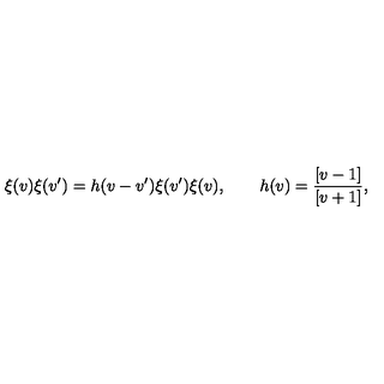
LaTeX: \xi ( v ) \xi ( v ^ { \prime } ) = h ( v - v ^ { \prime } ) \xi ( v ^ { \prime } ) \xi ( v ) , \qquad h ( v ) = \frac { [ v - 1 ] } { [ v + 1 ] } ,